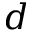
d